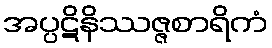
အပ္ပဋိနိဿဇ္ဇစာရိကံ